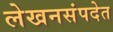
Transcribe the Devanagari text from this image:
लेखनसंपदेत